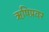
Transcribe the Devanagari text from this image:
ऋषिप्रवर